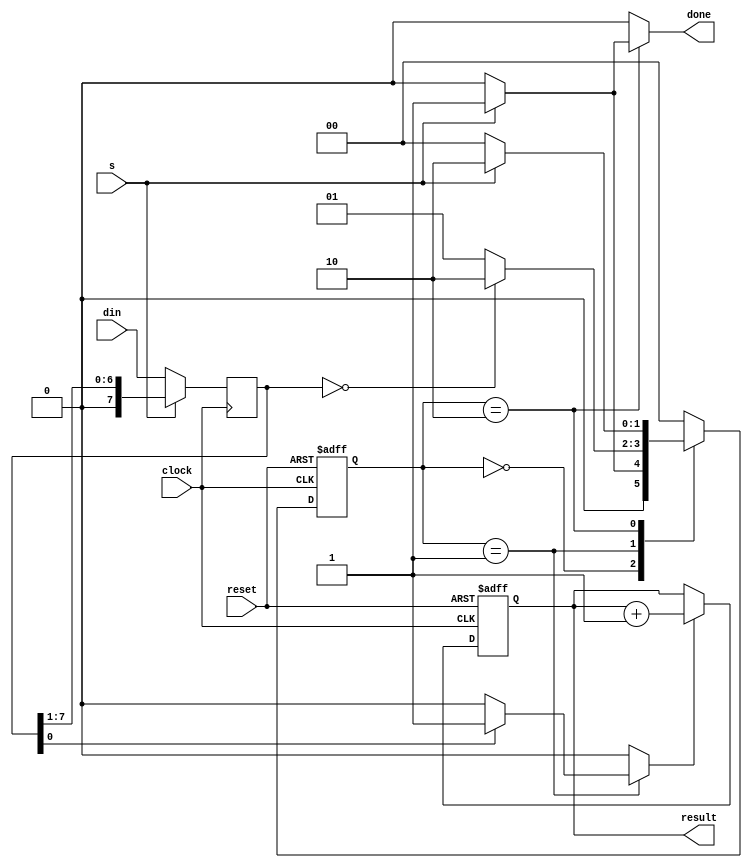
module high_bit_counter (clock, reset, s, din, result, done);
    input clock, reset, s;
    input [7:0] din;
    output reg [3:0] result;
    output reg done;

    parameter S1 = 'd0;
    parameter S2 = 'd1;
    parameter S3 = 'd2;

    
    reg [1:0] y_Q, Y_D;
	 reg [7:0] A;
    reg high_bit;

    always @(y_Q, A, s) begin
		  high_bit = 0;
		  done = 0;
        case (y_Q)
            S1: begin
                if (s) Y_D = S2; // start the program
                else Y_D = S1;
            end

            S2: begin
                if (A[0]) high_bit = 1;
                else high_bit = 0;

                if (!A) Y_D = S3; // A == 0, stop the program              
                else Y_D = S2;
            end

            S3: begin
                if (!s) begin
						done = 0;
						Y_D = S1;
                end else begin
						done = 1;
						Y_D = S3;
					 end
            end
            default: Y_D = S1;
        endcase
    end

    always @(posedge clock, posedge reset) begin
        if (reset) begin
            y_Q <= S1;
            result <= 0;
        end else begin 
            y_Q <= Y_D;
            if (high_bit) begin
                result <= result + 1'b1;
            end else begin
                result <= result;
            end
        end
    end

    always @(posedge clock) begin
        if (!s) begin
            A <= din;
        end
        else begin
            A <= A >> 1;
        end
    end
endmodule